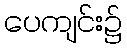
ပေကျင်း၌